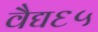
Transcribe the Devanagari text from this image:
वैद्य६५